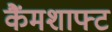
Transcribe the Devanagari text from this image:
कैंमशाफ्ट